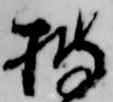
披